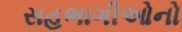
સહભાગીઓનો